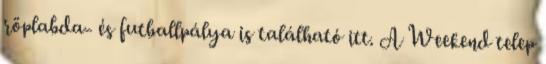
röplabda- és futballpálya is található itt. A Weekend telep